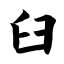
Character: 臼